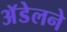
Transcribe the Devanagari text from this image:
अॅडेलने